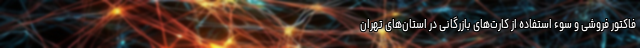
فاکتور فروشی و سوء استفاده از کارت‌های بازرگانی در استان‌های تهران